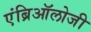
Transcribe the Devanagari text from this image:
एंब्रिऑलोजी